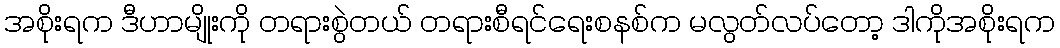
အစိုးရက ဒီဟာမျိုးကို တရားစွဲတယ် တရားစီရင်ရေးစနစ်က မလွတ်လပ်တော့ ဒါကိုအစိုးရက